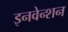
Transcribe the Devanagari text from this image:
इनवेन्शन